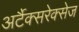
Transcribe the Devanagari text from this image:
अर्टैक्सरेक्सेज